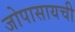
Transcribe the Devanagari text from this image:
जोपासायची